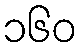
၁၆၀